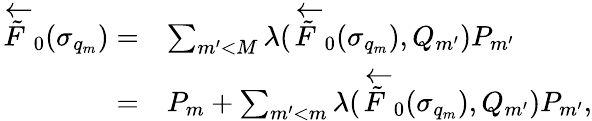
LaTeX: \begin{array}{rl}{\overleftarrow{\tilde{F}}_{0}(\sigma_{q_{m}})=}&{\sum_{m^{\prime}<M}\lambda(\overleftarrow{\tilde{F}}_{0}(\sigma_{q_{m}}),Q_{m^{\prime}})P_{m^{\prime}}}\\ {=}&{P_{m}+\sum_{m^{\prime}<m}\lambda(\overleftarrow{\tilde{F}}_{0}(\sigma_{q_{m}}),Q_{m^{\prime}})P_{m^{\prime}},}\end{array}